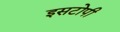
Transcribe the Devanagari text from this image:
इसटोपी